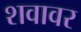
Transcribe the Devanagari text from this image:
शवावर